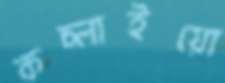
কচ্‌লাইয়ো